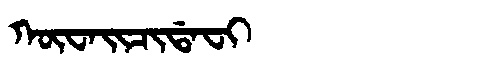
Manchu: ᡴᡡᠸᠠᡳᠴᡳᡩᠠᠸᡳ
Romanization: KŪWAICIDAFI